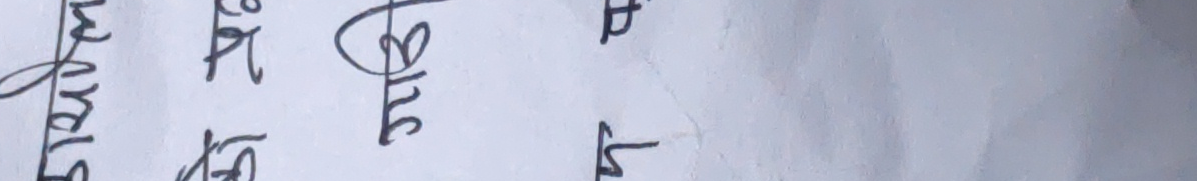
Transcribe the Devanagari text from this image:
जवाई हेर्नु देखि धु